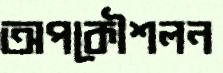
অপকৌশলন